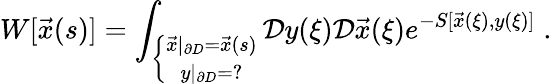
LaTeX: W[\vec{x}(s)]=\int_{\left\{ \begin{array}{c}{{\vec{x}|_{\partial D}=\vec{x}(s)}}\\ {{y|_{\partial D}=?}}\end{array}\right.}\mathcal{D}y(\xi)\mathcal{D}\vec{x}(\xi)e^{-S[\vec{x}(\xi),y(\xi)]}\; .